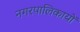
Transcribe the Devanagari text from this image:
नगरपालिकायों